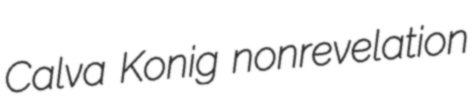
Calva Konig nonrevelation